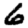
Digit: 6